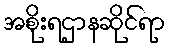
အစိုးရဌာနဆိုင်ရာ